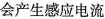
会产生感应电流